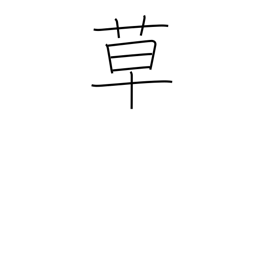
Meaning: herbs